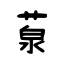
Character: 葲